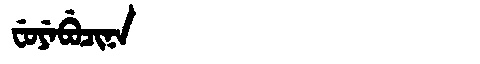
Manchu: ᠸᡠᠶᡝᠪᡠᠴᡳᠨᠠ
Romanization: FUYEBUCINA